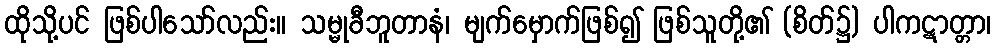
ထိုသို့ပင် ဖြစ်ပါသော်လည်း။ သမ္မုခီဘူတာနံ၊ မျက်မှောက်ဖြစ်၍ ဖြစ်သူတို့၏ (စိတ်၌) ပါကဋာတ္တာ၊